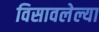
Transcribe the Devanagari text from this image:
विसावलेल्या